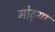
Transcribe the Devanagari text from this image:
मोठ्‍या